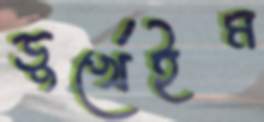
ডুর্খেইম